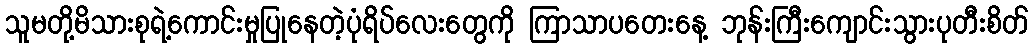
သူမတို့မိသားစုရဲ့ကောင်းမှုပြုနေတဲ့ပုံရိပ်လေးတွေကို ကြာသာပတေးနေ့ ဘုန်းကြီးကျောင်းသွားပုတီးစိတ်